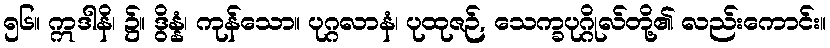
၅၆။ ဣဒါနိ၊ ၌။ ဒွိန္နံ၊ ကုန်သော။ ပုဂ္ဂလာနံ၊ ပုထုဇဉ်, သေက္ခပုဂ္ဂိုလ်တို့၏ လည်းကောင်း။